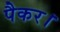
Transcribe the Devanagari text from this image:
पैकर।